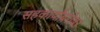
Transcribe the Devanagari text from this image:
सहकार्यांबरोबर